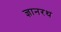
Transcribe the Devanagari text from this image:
ज्ञानरथ